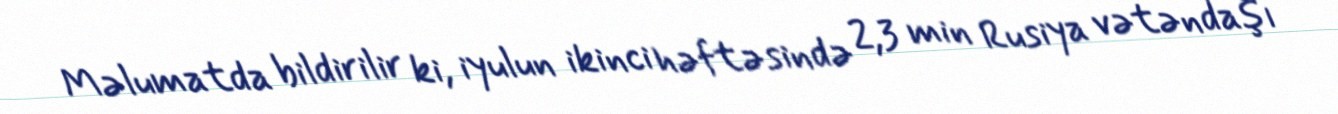
Məlumatda bildirilir ki, iyulun ikinci həftəsində 2,3 min Rusiya vətəndaşı